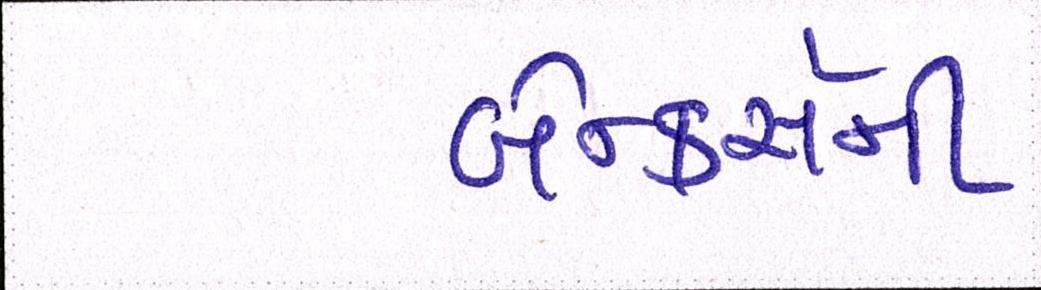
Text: બેન્કર્સની